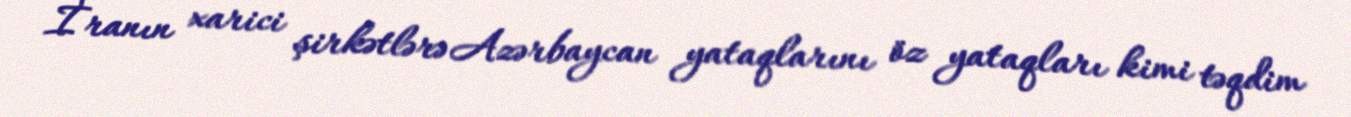
İranın xarici şirkətlərə Azərbaycan yataqlarını öz yataqları kimi təqdim